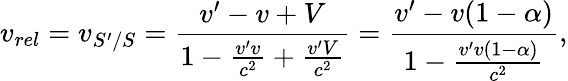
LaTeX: v_{rel}=v_{S^{\prime}/S}=\frac{v^{\prime}-v+V}{1-\frac{v^{\prime}v}{c^{2}}+\frac{v^{\prime}V}{c^{2}}}=\frac{v^{\prime}-v(1-\alpha)}{1-\frac{v^{\prime}v(1-\alpha)}{c^{2}}},